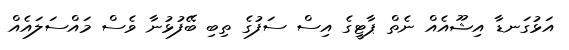
އަޅުގަނޑާ އިޝޫއެއް ނެތް ޕާޓީގެ އިސް ސަފުގެ ތިބި ބޭފުޅުނާ ވެސް މައްސަލައެއް